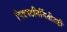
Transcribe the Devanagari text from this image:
चित्रपटनिर्मितीतही